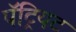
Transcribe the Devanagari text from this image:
पॅट्रियट